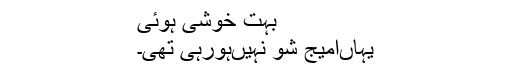
بہت خوشی ہوئی
یہاں‌امیج شو نہیں‌ہورہی تھی۔